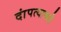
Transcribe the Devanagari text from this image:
दांपत्याकडे